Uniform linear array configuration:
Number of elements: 48
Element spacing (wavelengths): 0.5
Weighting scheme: blackman
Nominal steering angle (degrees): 15
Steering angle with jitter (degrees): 14.969
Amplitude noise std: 0.05
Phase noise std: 0.05

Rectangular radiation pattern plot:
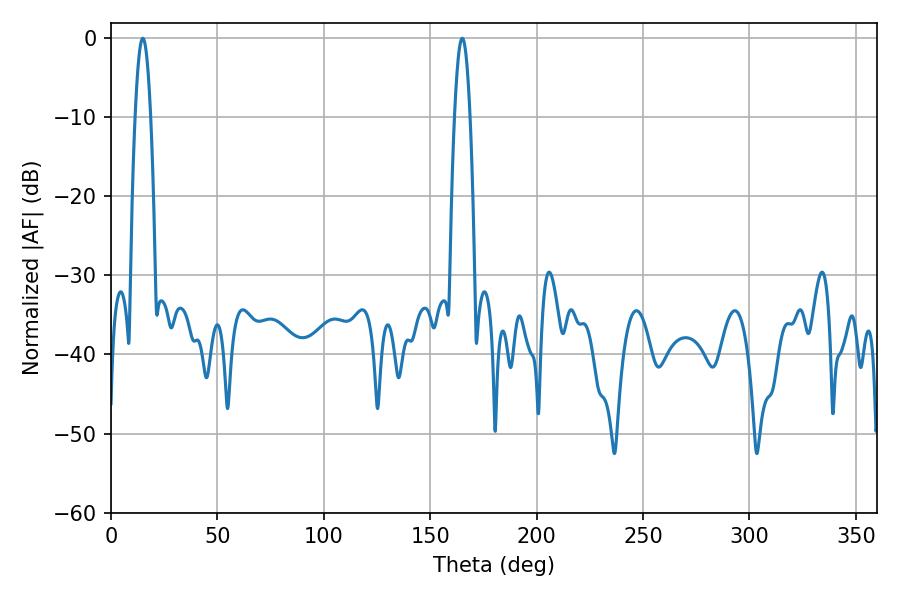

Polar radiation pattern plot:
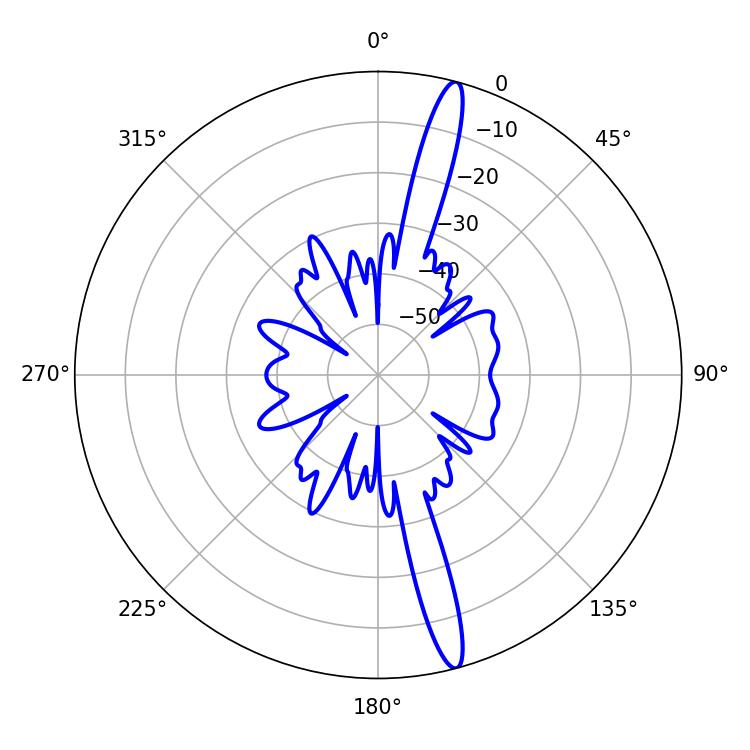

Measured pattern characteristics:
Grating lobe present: FALSE
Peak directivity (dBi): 17.07
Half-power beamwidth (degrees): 3.96
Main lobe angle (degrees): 14.94